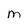
Character: M